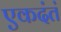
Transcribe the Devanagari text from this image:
एकदंतं